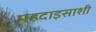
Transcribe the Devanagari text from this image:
महदाइसाशी